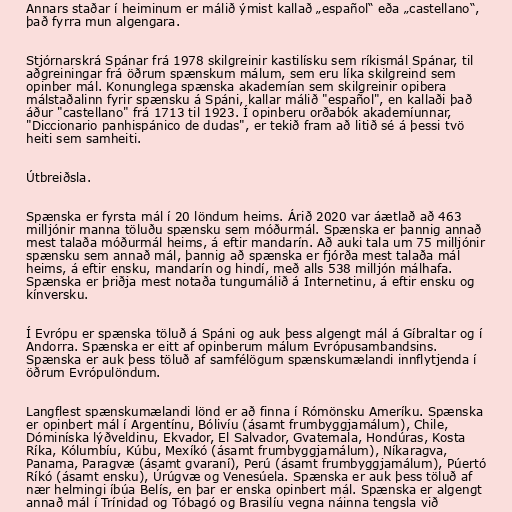
Annars staðar í heiminum er málið ýmist kallað „español“ eða „castellano“,
það fyrra mun algengara.

Stjórnarskrá Spánar frá 1978 skilgreinir kastilísku sem ríkismál Spánar, til
aðgreiningar frá öðrum spænskum málum, sem eru líka skilgreind sem
opinber mál. Konunglega spænska akademían sem skilgreinir opibera
málstaðalinn fyrir spænsku á Spáni, kallar málið "español", en kallaði það
áður "castellano" frá 1713 til 1923. Í opinberu orðabók akademíunnar,
"Diccionario panhispánico de dudas", er tekið fram að litið sé á þessi tvö
heiti sem samheiti.

Útbreiðsla.

Spænska er fyrsta mál í 20 löndum heims. Árið 2020 var áætlað að 463
milljónir manna töluðu spænsku sem móðurmál. Spænska er þannig annað
mest talaða móðurmál heims, á eftir mandarín. Að auki tala um 75 milljónir
spænsku sem annað mál, þannig að spænska er fjórða mest talaða mál
heims, á eftir ensku, mandarín og hindí, með alls 538 milljón málhafa.
Spænska er þriðja mest notaða tungumálið á Internetinu, á eftir ensku og
kínversku.

Í Evrópu er spænska töluð á Spáni og auk þess algengt mál á Gíbraltar og í
Andorra. Spænska er eitt af opinberum málum Evrópusambandsins.
Spænska er auk þess töluð af samfélögum spænskumælandi innflytjenda í
öðrum Evrópulöndum.

Langflest spænskumælandi lönd er að finna í Rómönsku Ameríku. Spænska
er opinbert mál í Argentínu, Bólivíu (ásamt frumbyggjamálum), Chile,
Dóminíska lýðveldinu, Ekvador, El Salvador, Gvatemala, Hondúras, Kosta
Ríka, Kólumbíu, Kúbu, Mexíkó (ásamt frumbyggjamálum), Níkaragva,
Panama, Paragvæ (ásamt gvaraní), Perú (ásamt frumbyggjamálum), Púertó
Ríkó (ásamt ensku), Úrúgvæ og Venesúela. Spænska er auk þess töluð af
nær helmingi íbúa Belís, en þar er enska opinbert mál. Spænska er algengt
annað mál í Trínidad og Tóbagó og Brasilíu vegna náinna tengsla við